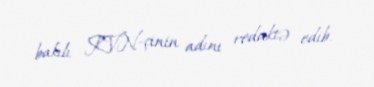
bakılı KVN-çinin adını redaktə edib.